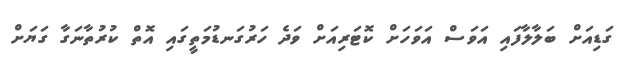
ގަޑިއަށް ބަލާލާފައި އަވަސް އަވަހަށް ކޮޓަރިއަށް ވަދެ ހަރުގަނޑުމަތީގައި އޮތް ކުރުތާނަގާ ގަޔަށް